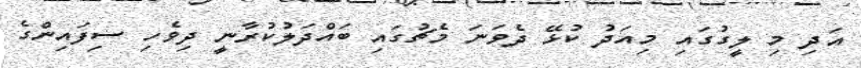
އަދި މި ލީގުގައި މިއަދު ކުޅޭ ދެވަނަ މެޗުގައި ބައްދަލުކުރާނީ ދިވެހި ސިފައިންގެ